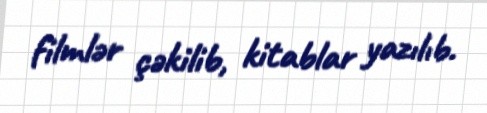
filmlər çəkilib, kitablar yazılıb.